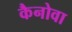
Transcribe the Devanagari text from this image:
कैनोवा